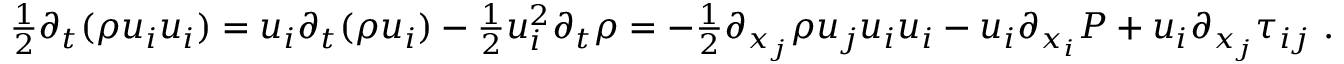
\begin{array} { r } { \frac { 1 } { 2 } \partial _ { t } ( \rho u _ { i } u _ { i } ) = u _ { i } \partial _ { t } ( \rho u _ { i } ) - \frac { 1 } { 2 } u _ { i } ^ { 2 } \partial _ { t } \rho = - \frac { 1 } { 2 } \partial _ { x _ { j } } \rho u _ { j } u _ { i } u _ { i } - u _ { i } \partial _ { x _ { i } } P + u _ { i } \partial _ { x _ { j } } \tau _ { i j } \ . } \end{array}